Civil Veterinary Dept. Assam report 1911-1927 - 1911-1927
Year: 1911
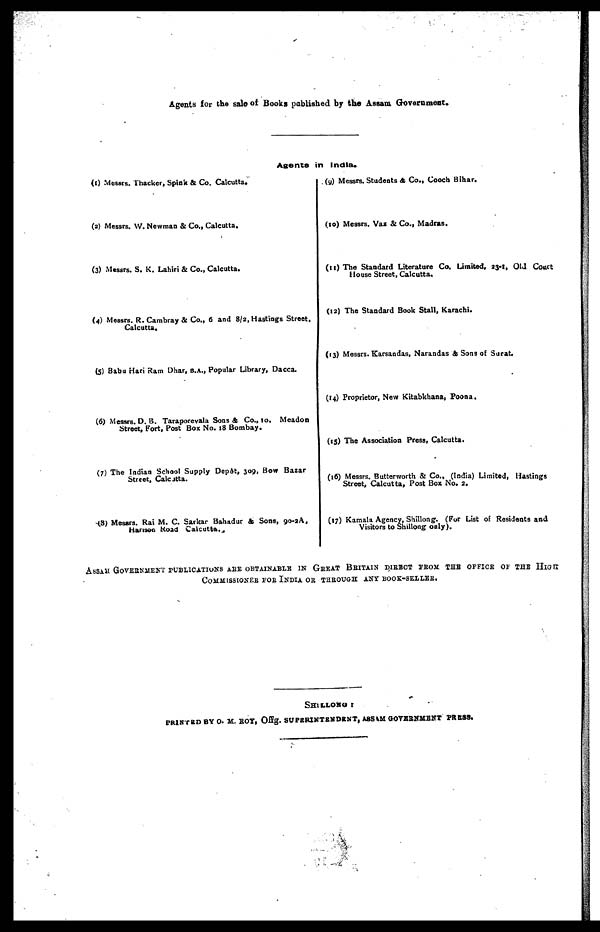
Agents for the sale of Books published by the Assam Government.
Agents in India.
(1) Messrs. Thacker, Spink & Co. Calcutta.
(2) Messrs. W. Newman & Co., Calcutta.
(3) Messrs. S. K. Lahiri & Co., Calcutta.
(4) Messrs. R. Cambray & Co., 6 and 8/2, Hastings Street
Calcutta,
(5) Babu Hari Ram Dhar, B . A ., Popular Library, Dacca.
(6) Messrs. D. B. Taraporevala Sons ft Co., 10, Meadon
Street, Fort, Post Box No. 18 Bombay.
(7) The Indian School Supply Depot, 309, Bow Bazar
Street, Calcatta.
(8) Messrs. Rai M. C. Sarkar Bahadur ft Sons, 90-2A,
Harison Road Calcutta.
(9) Messrs. Students & Co., Cooch Bihar.
(10) Messrs. Vas & Co., Madras.
(11) The Standard Literature Co. Limited, 23-1, Old Court
House Street, Calcutta,
(12) The Standard Book Stall, Karachi.
(13) Messrs. Karsandas, Narandas & Sons of Surat,
(14) Proprietor, New Kitabkhana, Poona,
(15) The Association Press, Calcutta.
(16) Messrs. Butterworth & Co., (India) Limited, Hastings
Street, Calcutta, Post Box No. 2.
(17) Kamala Agency, Shillong. (Fur List of Residents and
Visitors to Shillong only).
ASSAM GOVERNMENT PUBLICATIONS ARE OBTAINABLE IN GREAT BRITAIN DIRECT FROM THE OFFICE OF THE
HIGH
COMMISSIONER FOR INDIA OR THROUGH ANY BOOK-SELLER,
SHILLONG :
PRINTED BY O. M. ROY, Offg. SUPERINTENDENT, ASSAM GOVERNMENT PRESS.